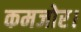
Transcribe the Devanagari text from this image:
कमजोर।